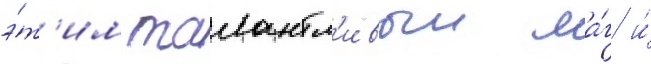
э́т'им талантл'ивыи ма́г и́